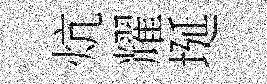
炕耀埏